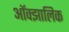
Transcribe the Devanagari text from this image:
ऑक्झालिक